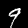
Label: 9